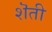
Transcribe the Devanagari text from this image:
शॆती